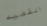
القضيه